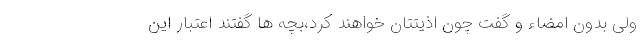
ولی بدون امضاء و گفت چون اذیتتان خواهند کرد،بچه ها گفتند اعتبار این